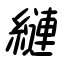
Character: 縺